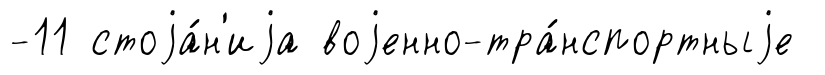
-11 стоjа́н'иjа воjенно-тра́нспортныjе